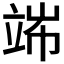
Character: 𥪄